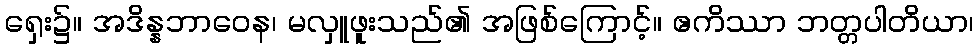
ရှေး၌။ အဒိန္နဘာဝေန၊ မလှူဖူးသည်၏ အဖြစ်ကြောင့်။ ဧကိဿာ ဘတ္တပါတိယာ၊